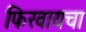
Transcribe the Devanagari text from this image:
फिरवायचा